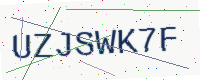
Text: UZJSWK7F